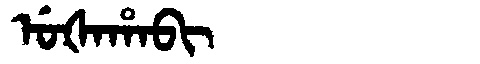
Manchu: ᡠᡧᠠᡥᠠᠪᡳ
Romanization: UŠAHABI